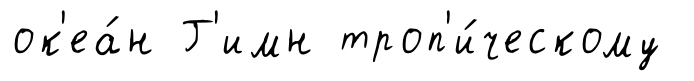
ок'еа́н Г'имн троп'и́ческому